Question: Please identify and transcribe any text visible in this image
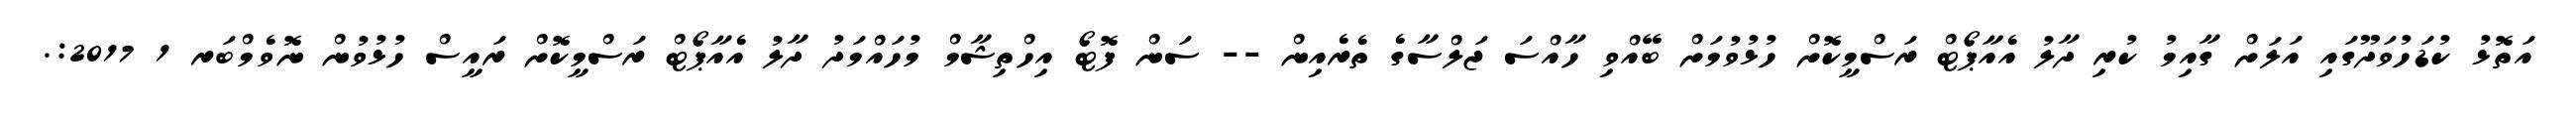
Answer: އަތޮޅު ކުޑަހުވަދޫގައި އަލަށް ގާއިމު ކުރި ދާލު އެއާޕޯޓް ރަސްމީކޮށް ހުޅުވުމަށް ބޭއްވި ހާއްސަ ޖަލްސާގެ ތެރެއިން -- ސަން ފޮޓޯ އިހްތިޝާމް މުހައްމަދު ދާލު އެއާޕޯޓް ރަސްމީކޮށް ރައީސް ހުޅުވުން ނޮވެމްބަރ 1 2017:.